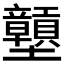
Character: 𡔕